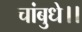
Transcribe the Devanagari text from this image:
चांबुधे।।